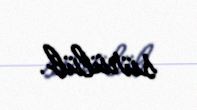
sürülüb.